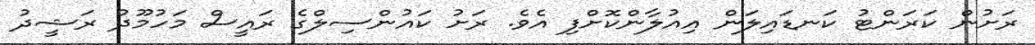
ރަށުން ކަރަންޓު ކަނޑައިލަން އިއުލާންކޮށްފި އެވެ. ރަށު ކައުންސިލްގެ ރައީސް މަހުމޫދު ރަޝީދު